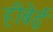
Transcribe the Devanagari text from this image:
हीबेई